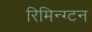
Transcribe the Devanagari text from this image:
रिमिन्ग्टन